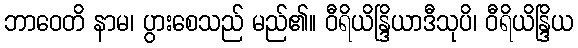
ဘာဝေတိ နာမ၊ ပွားစေသည် မည်၏။ ဝီရိယိန္ဒြိယာဒီသုပိ၊ ဝီရိယိန္ဒြိယ